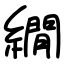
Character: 繝